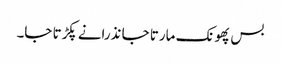
بس پھونک مارتا جا نذرانے پکڑتا جا۔